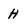
Character: H